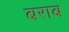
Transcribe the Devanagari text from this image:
बराब